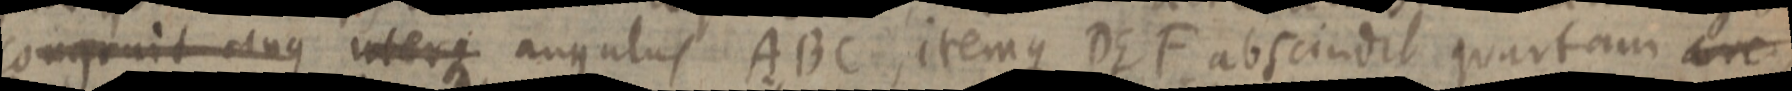
congruit ang interque angulus ABC, itemque DEF abscindit quartam _